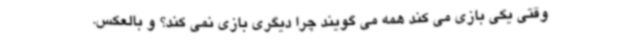
وقتی یکی بازی می کند همه می گویند چرا دیگری بازی نمی کند؟ و بالعکس.